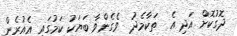
ދޮގުކޮށް އަދި އެ  ތަކާމެދު  ވެގެންވާ ބަޔަކު ކަމުގައި އެއުރެން